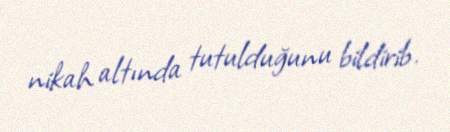
nikah altında tutulduğunu bildirib.